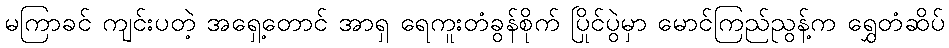
မကြာခင် ကျင်းပတဲ့ အရှေ့တောင် အာရှ ရေကူးတံခွန်စိုက် ပြိုင်ပွဲမှာ မောင်ကြည်ညွန့်က ရွှေတံဆိပ်